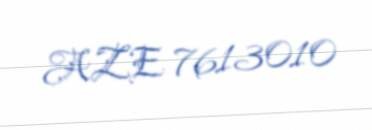
AZE 7613010